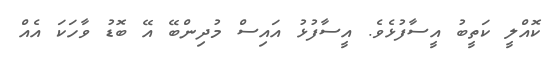
ކޮއްލީ ކަތީބު އީސާފުޅެވެ. އީސާފުޅު އައިސް މުދިންބޭ އޭ ބޮޑު ވާހަކަ އެއް